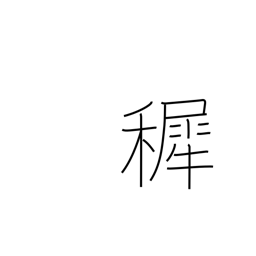
Meaning: infancy